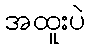
အထူးပဲ